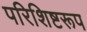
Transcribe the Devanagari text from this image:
परिशिष्टरूप